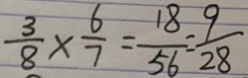
\frac { 3 } { 8 } \times \frac { 6 } { 7 } = \frac { 1 8 } { 5 6 } = \frac { 9 } { 2 8 }